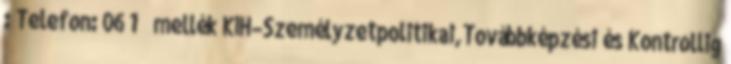
: Telefon: 06 1 mellék KIH–Személyzetpolitikai,Továbbképzési és Kontrollig